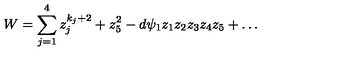
W = \sum _ { j = 1 } ^ { 4 } z _ { j } ^ { k _ { j } + 2 } + z _ { 5 } ^ { 2 } - d \psi _ { 1 } z _ { 1 } z _ { 2 } z _ { 3 } z _ { 4 } z _ { 5 } + \dots